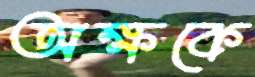
অক্ষকে